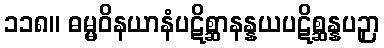
၁၁၈။ ဓမ္မဝိနယာနံပဋိစ္ဆာနန္နယပဋိစ္ဆန္နပဉှာ